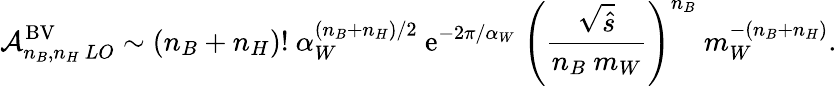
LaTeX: {\cal A}_{n_{B},n_{H}\ LO}^{\mathrm{BV}}\sim(n_{B}+n_{H})!~\alpha_{W}^{(n_{B}+n_{H})/2}~\mathrm{e}^{-2\pi/\alpha_{W}}~\Biggl({\frac{\sqrt{\hat{s}}}{n_{B}\ m_{W}}}\Biggr)^{n_{B}}~m_{W}^{-(n_{B}+n_{H})}.